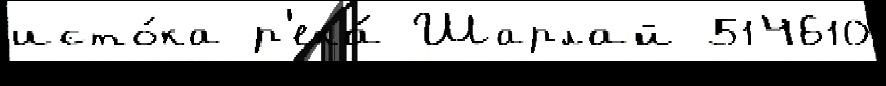
исто́ка р'ека́ Шарлай 514610